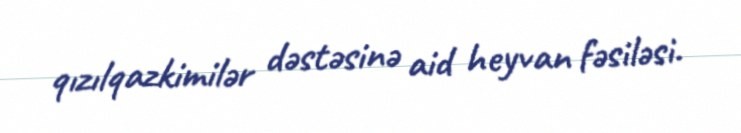
qızılqazkimilər dəstəsinə aid heyvan fəsiləsi.